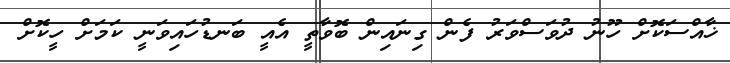
ޚާއްސަކޮށް ހޫނު ދުވަސްވަރު ފެން ގިނައިން ބޮވާތީ އެއީ ބަނޑުހައިވަނީ ކަމަށް ހީކޮށް